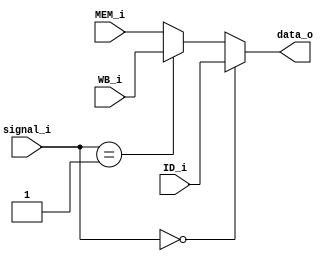
module MUX32_4
(
    signal_i,
    ID_i,
    WB_i,
    MEM_i,
    data_o
);

input   [1:0]   signal_i;
input   [31:0]  ID_i, WB_i, MEM_i;

output  [31:0]  data_o;


assign data_o = (signal_i == 2'b00)? ID_i :
                (signal_i == 2'b01)? WB_i : MEM_i;

endmodule